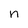
Character: n